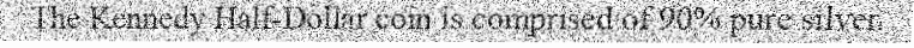
The Kennedy Half-Dollar coin is comprised of 90% pure silver.